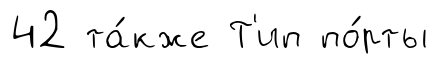
42 та́кже Т'ип по́рты